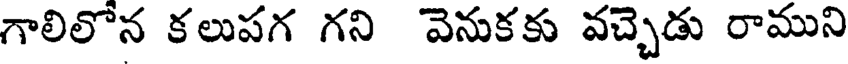
గాలిలోన కలుపగ గని వెనుకకు వచ్చెడు రాముని